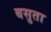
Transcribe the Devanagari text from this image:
बसुता